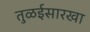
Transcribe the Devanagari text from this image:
तुळईसारखा